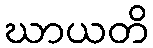
ဃာယတိ